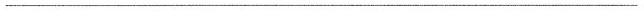
___